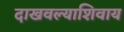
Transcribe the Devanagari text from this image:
दाखवल्याशिवाय